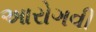
આરોગવી